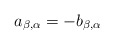
\begin{align*} a_{\beta,\alpha}=-b_{\beta,\alpha} \end{align*}